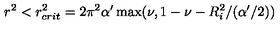
r ^ { 2 } < r _ { c r i t } ^ { 2 } = 2 \pi ^ { 2 } \alpha ^ { \prime } \max ( \nu , 1 - \nu - R _ { i } ^ { 2 } / ( \alpha ^ { \prime } / 2 ) )